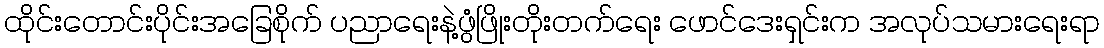
ထိုင်းတောင်းပိုင်းအခြေစိုက် ပညာရေးနဲ့ဖွံဖြိုးတိုးတက်ရေး ဖောင်ဒေးရှင်းက အလုပ်သမားရေးရာ